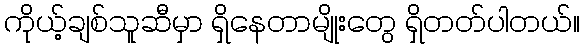
ကိုယ့်ချစ်သူဆီမှာ ရှိနေတာမျိုးတွေ ရှိတတ်ပါတယ်။